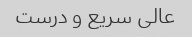
عالی سریع و درست